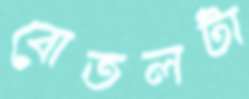
বোতলটা